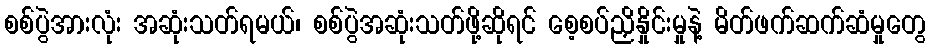
စစ်ပွဲအားလုံး အဆုံးသတ်ရမယ်၊ စစ်ပွဲအဆုံးသတ်ဖို့ဆိုရင် စေ့စပ်ညှိနှိုင်းမှုနဲ့ မိတ်ဖက်ဆက်ဆံမှုတွေ